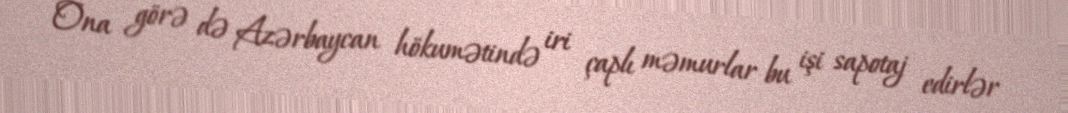
Ona görə də Azərbaycan hökumətində iri çaplı məmurlar bu işi sapotaj edirlər